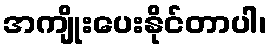
အကျိုးပေးနိုင်တာပါ၊